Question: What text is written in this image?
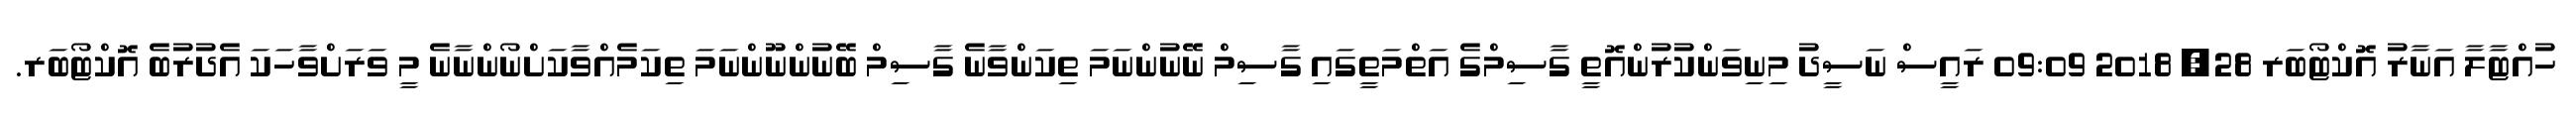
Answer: ހުއްޓާލާ އަނާރު އޮކްޓޯބަރ 28, 2018 09:09 ރައީސް ނަސީދު މިނިވަންކުރުންއޮތީ ގާސިމްގެ އަތްމަތީގައި ގާސިމް ނޭނުންނަމަ ތިކަންވާނެ ގާސިމް ބޭނުންނޫންނަމަ ތިކަމެއްވާކަށްނޯންނާނެ މީ ވަރަށްވާހަކަ އެދުރުބެ އޮކްޓޯބަރ.